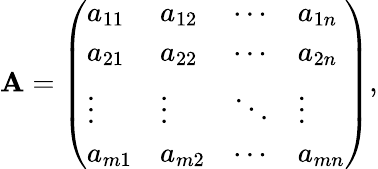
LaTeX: \mathbf{A}={\left(\begin{array}{llll}{a_{11}}&{a_{12}}&{\cdots}&{a_{1n}}\\ {a_{21}}&{a_{22}}&{\cdots}&{a_{2n}}\\ {\vdots}&{\vdots}&{\ddots}&{\vdots}\\ {a_{m1}}&{a_{m2}}&{\cdots}&{a_{mn}}\end{array}\right)},